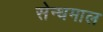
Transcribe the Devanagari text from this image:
सेन्धमाल